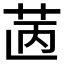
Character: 𦭯